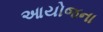
આયોજના